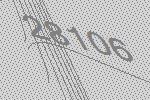
28106